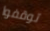
توقفوا